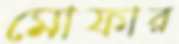
মোফার